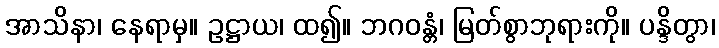
အာသိနာ၊ နေရာမှ။ ဥဋ္ဌာယ၊ ထ၍။ ဘဂဝန္တံ၊ မြတ်စွာဘုရားကို။ ပန္ဒိတွာ၊